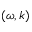
( \omega , k )